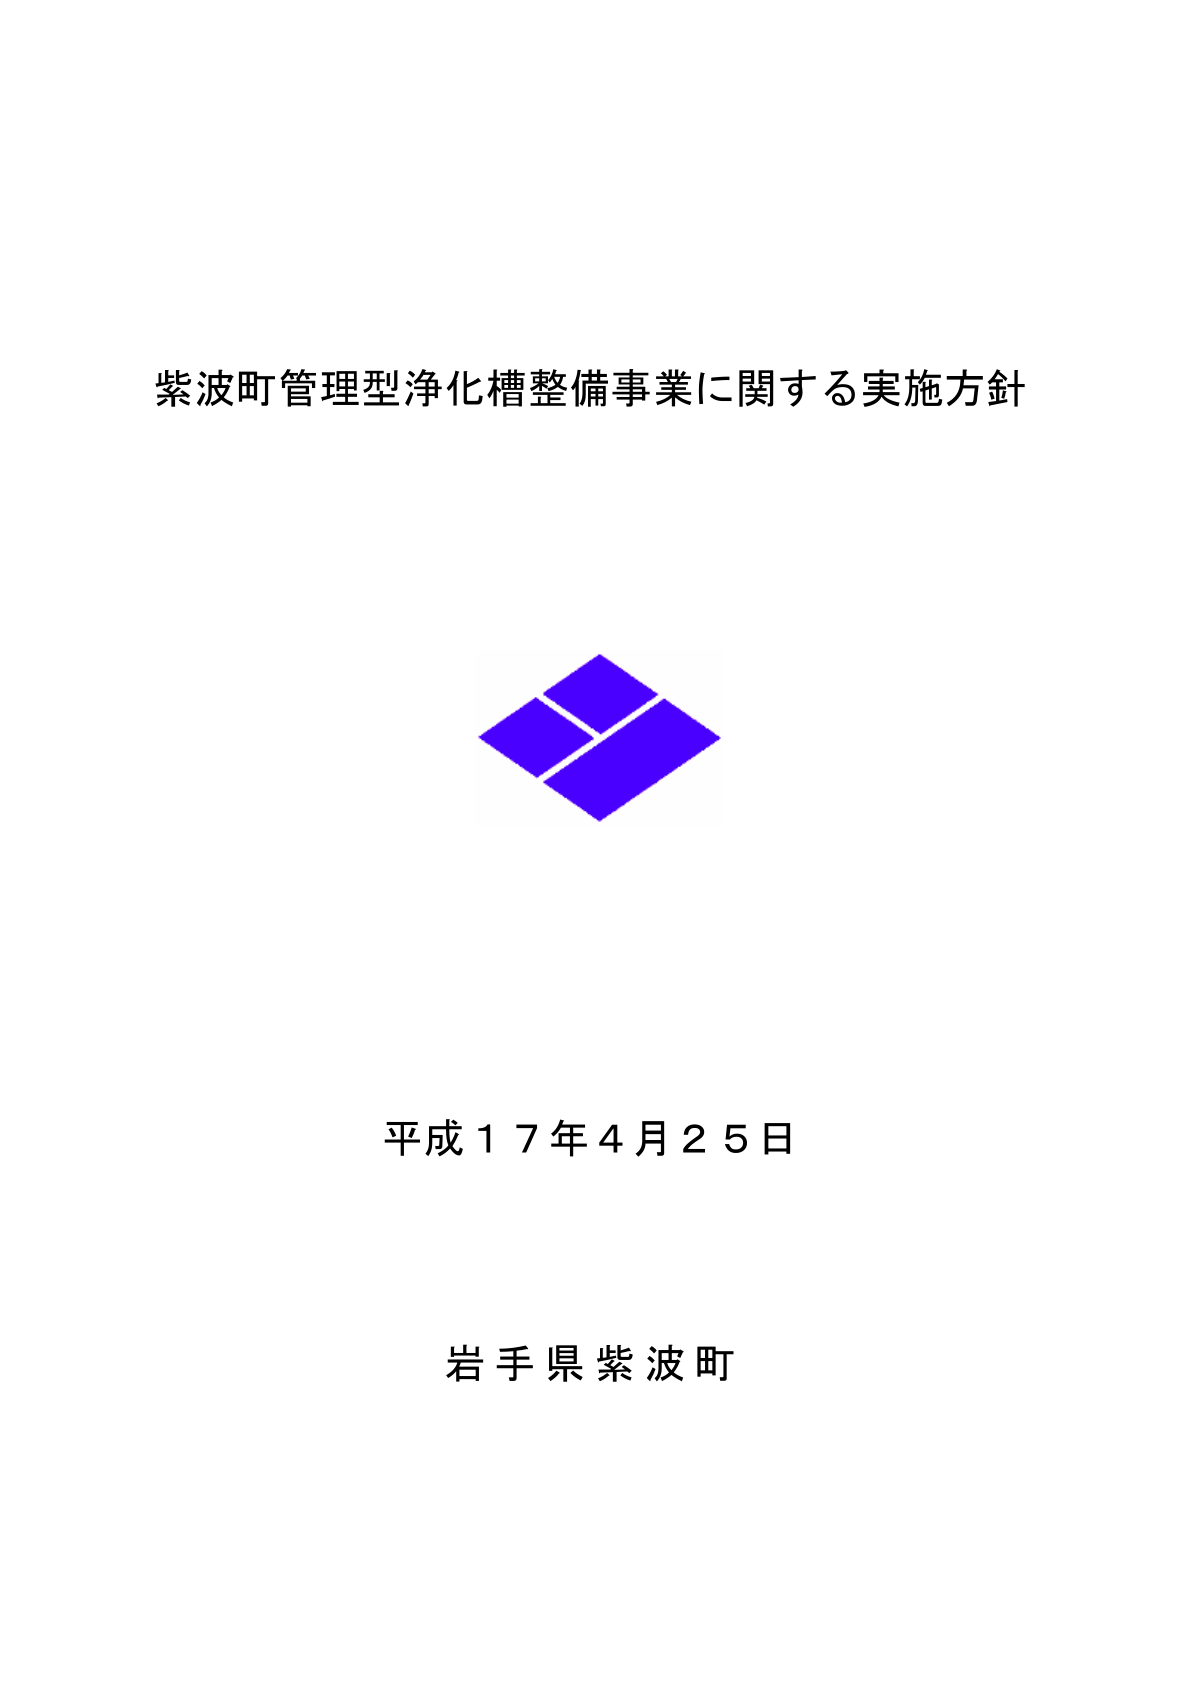
紫波町管理型浄化槽整備事業に関する実施方針

平成１７年４月２５日

岩手県紫波町